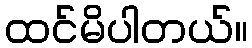
ထင်မိပါတယ်။